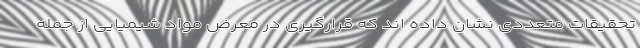
تحقیقات متعددی نشان داده اند که قرارگیری در معرض مواد شیمیایی از جمله